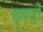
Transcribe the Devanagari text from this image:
छ्कड़ों